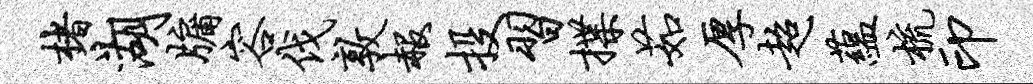
楮湖牖容伐敦赧投习揲茹厚超蕴梳印